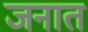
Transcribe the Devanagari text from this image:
जनात